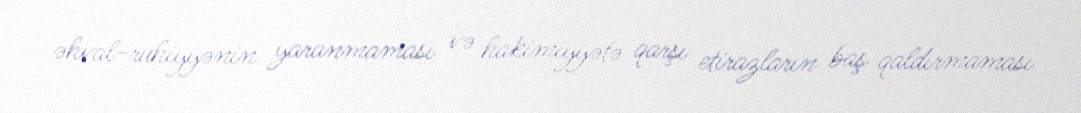
əhval-ruhiyyənin yaranmaması və hakimiyyətə qarşı etirazların baş qaldırmaması